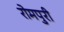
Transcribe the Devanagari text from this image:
रोमपुरी